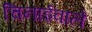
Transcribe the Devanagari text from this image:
चिनाईवाले